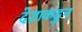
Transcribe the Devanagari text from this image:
देशाकडुन